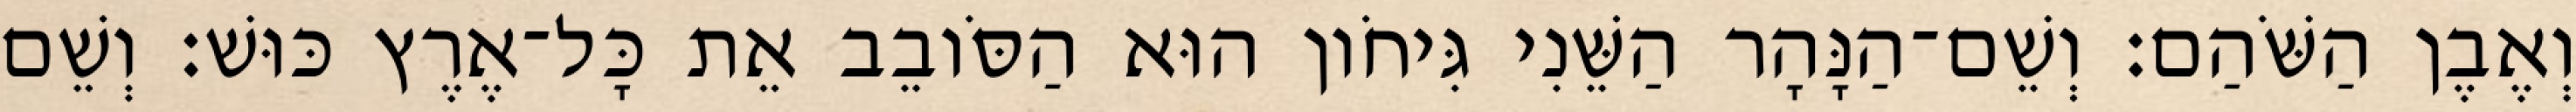
וְאֶבֶן הַשֹּׁהַם׃ וְשֵׁם־הַנָּהָר הַשֵּׁנִי גִּיחֹון הוּא הַסֹּובֵב אֵת כָּל־אֶרֶץ כּוּשׁ׃ וְשֵׁם